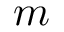
m